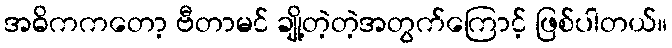
အဓိကကတော့ ဗီတာမင် ချို့တဲ့တဲ့အတွက်ကြောင့် ဖြစ်ပါတယ်။